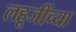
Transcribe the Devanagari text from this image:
लहूजींच्या